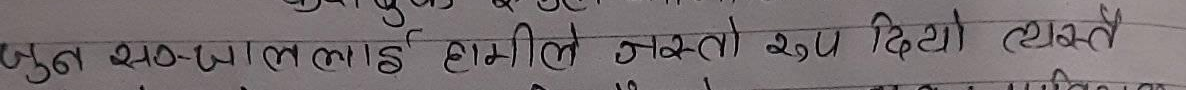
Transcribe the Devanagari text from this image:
जुन सञ्जाललाई हामीले जस्तो रूप दियौ त्यस्तै